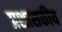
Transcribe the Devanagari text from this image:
प्रशाशकीय